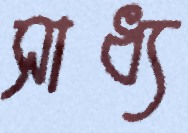
সাধ্য